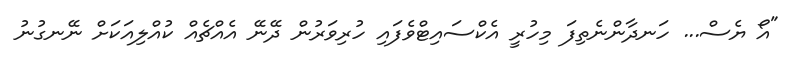
"އޯ ޔެސް... ހަނދާންނެތިފަ މިހުރީ އެކްސައިޓްވެފައި ހުރިވަރުން ދޭނޭ އެއްޗެއް ކުއްލިއަކަށް ނޭނގުނު